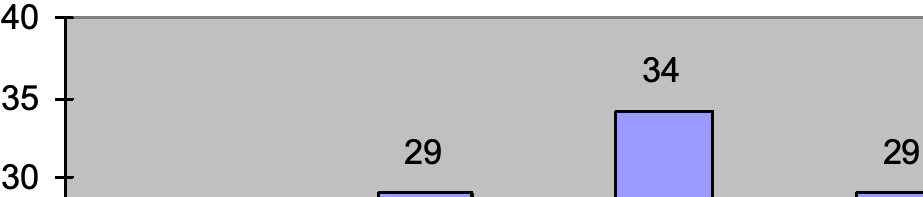
40 34 35 29              29 30